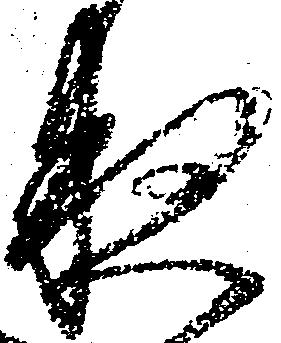
夜